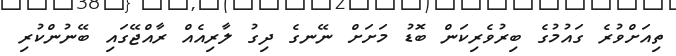
ތިއަށްވުރެ ގައުމުގެ ބިރުވެރިކަން ބޮޑު މަށަށް ނޭނގެ ދިގު ލާރިއެއް ރާއްޖޭގައި ބޭނުންކުރި